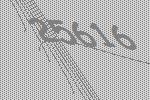
25616